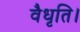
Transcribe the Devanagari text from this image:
वैधृति।